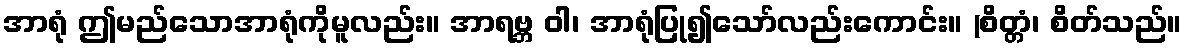
အာရုံ ဤမည်သောအာရုံကိုမူလည်း။ အာရဗ္ဘ ဝါ၊ အာရုံပြု၍သော်လည်းကောင်း။ (စိတ္တံ၊ စိတ်သည်။